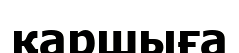
қаршыға